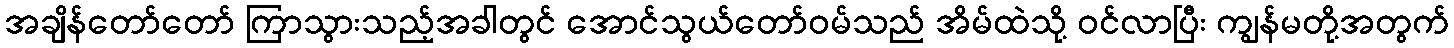
အချိန်တော်တော် ကြာသွားသည့်အခါတွင် အောင်သွယ်တော်ဝမ်သည် အိမ်ထဲသို့ ဝင်လာပြီး ကျွန်မတို့အတွက်